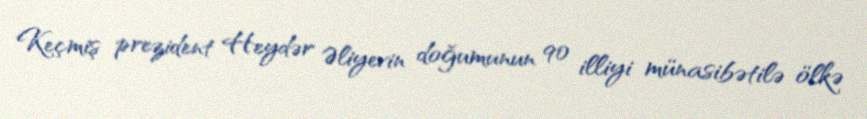
Keçmiş prezident Heydər Əliyevin doğumunun 90 illiyi münasibətilə ölkə